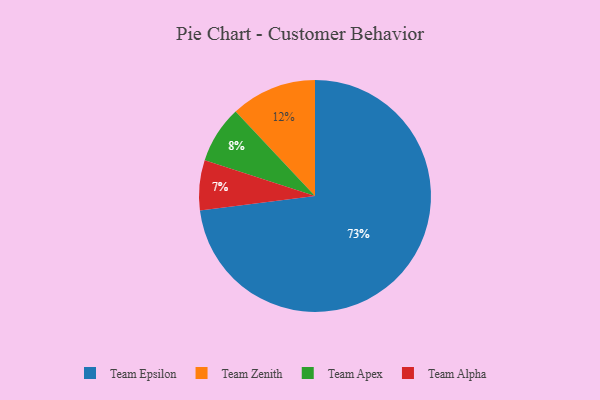
{"axis": {"x": "Category", "y": "Percentage"}, "legend": ["Team Alpha", "Team Apex", "Team Epsilon", "Team Zenith"], "data": [{"x": "Team Apex", "y": 8, "type": "Team Apex"}, {"x": "Team Alpha", "y": 7, "type": "Team Alpha"}, {"x": "Team Zenith", "y": 12, "type": "Team Zenith"}, {"x": "Team Epsilon", "y": 73, "type": "Team Epsilon"}]}